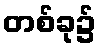
တစ်ခု၌